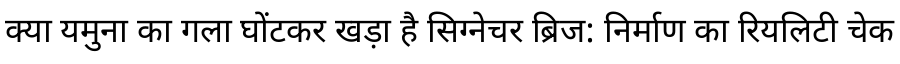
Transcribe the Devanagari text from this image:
क्या यमुना का गला घोंटकर खड़ा है सिग्नेचर ब्रिज: निर्माण का रियलिटी चेक